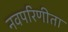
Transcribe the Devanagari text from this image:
नवपरिणीता